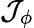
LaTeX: \mathcal{J}_{\phi}